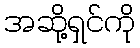
အဆို့ရှင်ကို